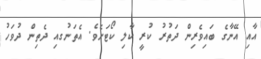
އާއި އޭނާގެ ބައިވެރިން ދަތުރު ކުރީ ކާލި ކޯޓަށެވެ. އެތަނުގއި ދެތިން ދުވަހު